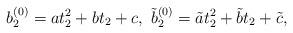
LaTeX: \begin{align*}b_{2}^{(0)} = a t_{2}^{2} + b t_{2} +c,\ \tilde{b}_{2}^{(0)} = \tilde{a}t_{2}^{2} + \tilde{b} t_{2} +\tilde{ c},\end{align*}